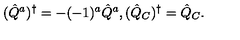
( \hat { Q } ^ { a } ) ^ { \dagger } = - ( - 1 ) ^ { a } \hat { Q } ^ { a } , ( \hat { Q } _ { C } ) ^ { \dagger } = \hat { Q } _ { C } .